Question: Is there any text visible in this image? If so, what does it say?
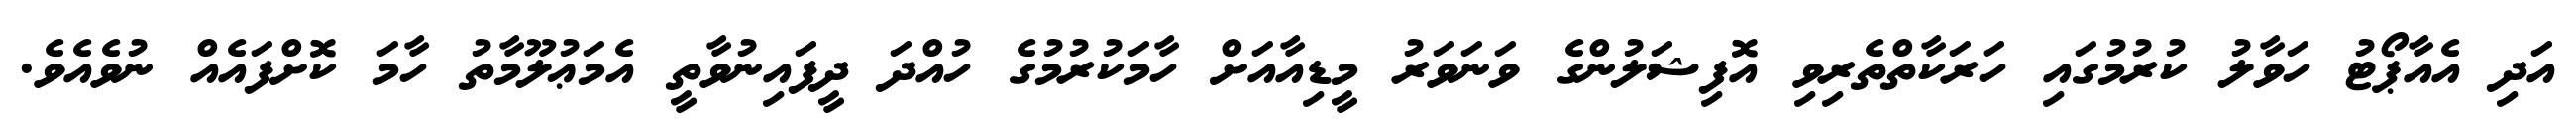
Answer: އަދި އެއާޕޯޓު ހަވާލު ކުރުމުގައި ހަރަކާތްތެރިވި އޮފިޝަލުންގެ ވަނަވަރު މީޑިއާއަށް ހާމަކުރުމުގެ ހުއްދަ ދީފައިނުވާތީ އެމަޢުލޫމާތު ހާމަ ކޮށްފައެއް ނުވެއެވެ.